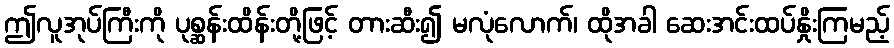
ဤလူအုပ်ကြီးကို ပုစ္ဆန်းထိန်းတို့ဖြင့် တားဆီး၍ မလုံလောက်၊ ထိုအခါ ဆေးအင်းထပ်နှိုးကြမည့်